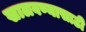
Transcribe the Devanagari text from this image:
खालवण्यासाठी